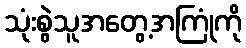
သုံးစွဲသူအတွေ့အကြုံကို